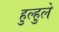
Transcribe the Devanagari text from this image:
हुल्हुले